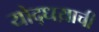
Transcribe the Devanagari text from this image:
योद्धय़ाची